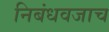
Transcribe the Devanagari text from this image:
निबंधवजाच